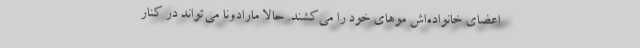
اعضای خانواده‌اش موهای خود را می‌کشند. حالا مارادونا می‌تواند در کنار